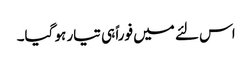
اس لئے میں فوراً ہی تیار ہو گیا۔